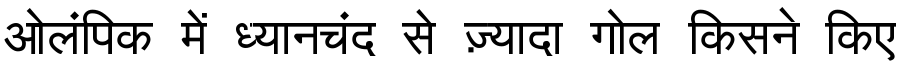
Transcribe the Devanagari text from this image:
ओलंपिक में ध्यानचंद से ज़्यादा गोल किसने किए